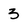
Character: 3